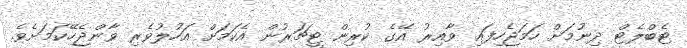
ޓެބްލެޓް ދިނުމަށް ހަމަޖެހިފައި ވާއިރު އޭގެ ކުރިން ޓީޗަރުން އެކަމަށް އަހުލުވެރި ވާންޖެހޭކަމަށެވެ.